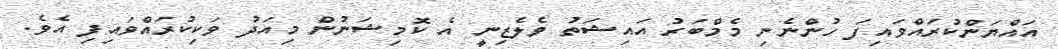
އައްޔަންކުރައްވައިފަ ހުންނެނި މެމްބަރު އައިޝަތު ވެލެޒިނީ އެ ކޮމިޝަނުން މިއަދު ވަކިކުރައްވައިފި އެވެ.